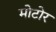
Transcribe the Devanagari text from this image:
मोटोर